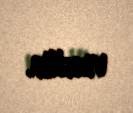
verilib.